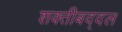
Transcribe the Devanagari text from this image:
शक्तीबद्दल